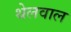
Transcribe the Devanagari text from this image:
थेलवाल